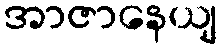
အာဇာနေယျ